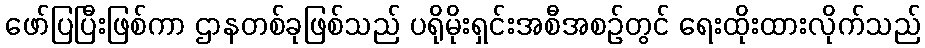
ဖော်ပြပြီးဖြစ်ကာ ဌာနတစ်ခုဖြစ်သည် ပရိုမိုးရှင်းအစီအစဉ်တွင် ရေးထိုးထားလိုက်သည်